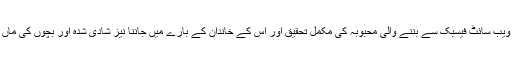
سماجی ویب سائٹ فیسبک سے بننے والی محبوبہ کی مکمل تحقیق اور اس کے خاندان کے بارے میں جاننا نیز شادی شدہ اور بچوں کی ماں تو نہیں۔